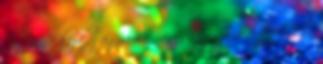
Bizonyára kezd az agyamra menni, hogy a dedet folyton